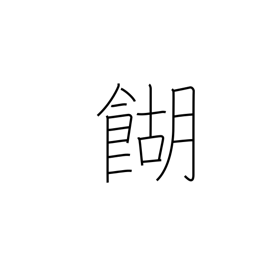
Meaning: rice broth